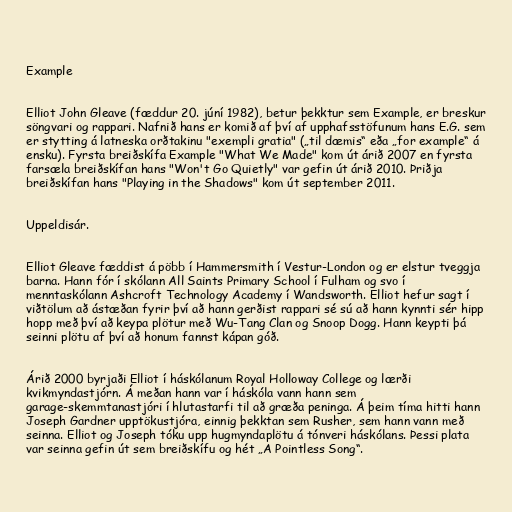
Example

Elliot John Gleave (fæddur 20. júní 1982), betur þekktur sem Example, er breskur
söngvari og rappari. Nafnið hans er komið af því af upphafsstöfunum hans E.G. sem
er stytting á latneska orðtakinu "exempli gratia" („til dæmis“ eða „for example“ á
ensku). Fyrsta breiðskífa Example "What We Made" kom út árið 2007 en fyrsta
farsæla breiðskífan hans "Won't Go Quietly" var gefin út árið 2010. Þriðja
breiðskífan hans "Playing in the Shadows" kom út september 2011.

Uppeldisár.

Elliot Gleave fæddist á pöbb í Hammersmith í Vestur-London og er elstur tveggja
barna. Hann fór í skólann All Saints Primary School í Fulham og svo í
menntaskólann Ashcroft Technology Academy í Wandsworth. Elliot hefur sagt í
viðtölum að ástæðan fyrir því að hann gerðist rappari sé sú að hann kynnti sér hipp
hopp með því að keypa plötur með Wu-Tang Clan og Snoop Dogg. Hann keypti þá
seinni plötu af því að honum fannst kápan góð.

Árið 2000 byrjaði Elliot í háskólanum Royal Holloway College og lærði
kvikmyndastjórn. Á meðan hann var í háskóla vann hann sem
garage-skemmtanastjóri í hlutastarfi til að græða peninga. Á þeim tíma hitti hann
Joseph Gardner upptökustjóra, einnig þekktan sem Rusher, sem hann vann með
seinna. Elliot og Joseph tóku upp hugmyndaplötu á tónveri háskólans. Þessi plata
var seinna gefin út sem breiðskífu og hét „A Pointless Song“.